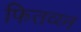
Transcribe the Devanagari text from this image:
फितव्य्न